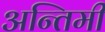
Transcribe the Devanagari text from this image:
अन्तिमी